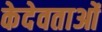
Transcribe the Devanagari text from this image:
केदेवताओं